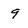
Character: 9